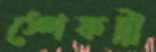
স্পেকট্রা